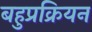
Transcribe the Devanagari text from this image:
बहुप्रक्रियन